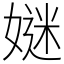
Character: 㜆